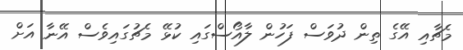
މެޗާއި އޭގެ ތިން ދުވަސް ފަހުން ލާއޯސްގައި ކުޅޭ މެޗުގައިވެސް އޭނާ އަށް